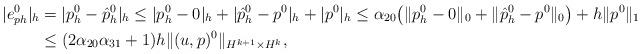
LaTeX: \begin{align*}|e_{ph}^0|_h & = |p_h^0-\hat{p}_h^0|_h \le | p_h^0 - 0 |_h + |\hat{p}_h^0-p^0|_h + |p^0|_h \le \alpha_{20} \bigl( \| p_h^0 - 0 \|_0 + \|\hat{p}_h^0 - p^0\|_0 \bigr) + h\|p^0\|_1 \\& \le (2\alpha_{20}\alpha_{31} + 1) h \| (u, p)^0 \|_{H^{k+1}\times H^k},\end{align*}